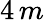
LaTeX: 4\, m